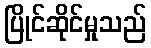
ပြိုင်ဆိုင်မှုသည်